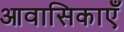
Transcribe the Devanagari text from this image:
आवासिकाएँ